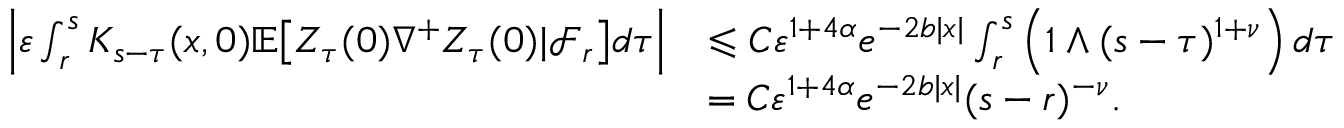
\begin{array} { r l } { \left| \varepsilon \int _ { r } ^ { s } K _ { s - \tau } ( x , 0 ) \mathbb { E } \big [ Z _ { \tau } ( 0 ) \nabla ^ { + } Z _ { \tau } ( 0 ) | \mathcal F _ { r } \big ] d \tau \right| } & { \leqslant C \varepsilon ^ { 1 + 4 \alpha } e ^ { - 2 b | x | } \int _ { r } ^ { s } \left( 1 \wedge ( s - \tau ) ^ { 1 + \nu } \right) d \tau } \\ & { = C \varepsilon ^ { 1 + 4 \alpha } e ^ { - 2 b | x | } ( s - r ) ^ { - \nu } . } \end{array}